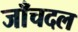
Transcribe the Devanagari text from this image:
जाँचदल